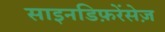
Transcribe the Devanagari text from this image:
साइनडिफ़रेंसेज़